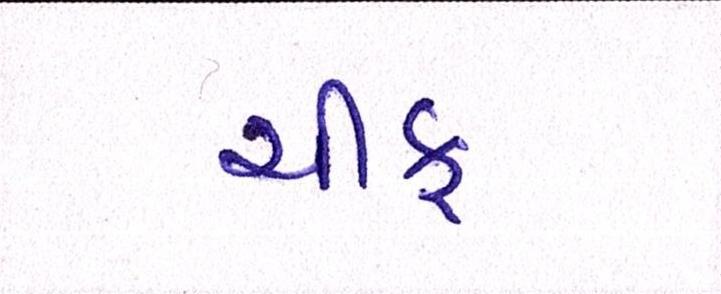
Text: ચીફ